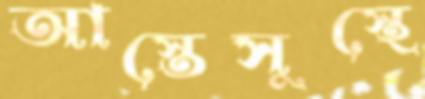
আস্তেসুস্থে